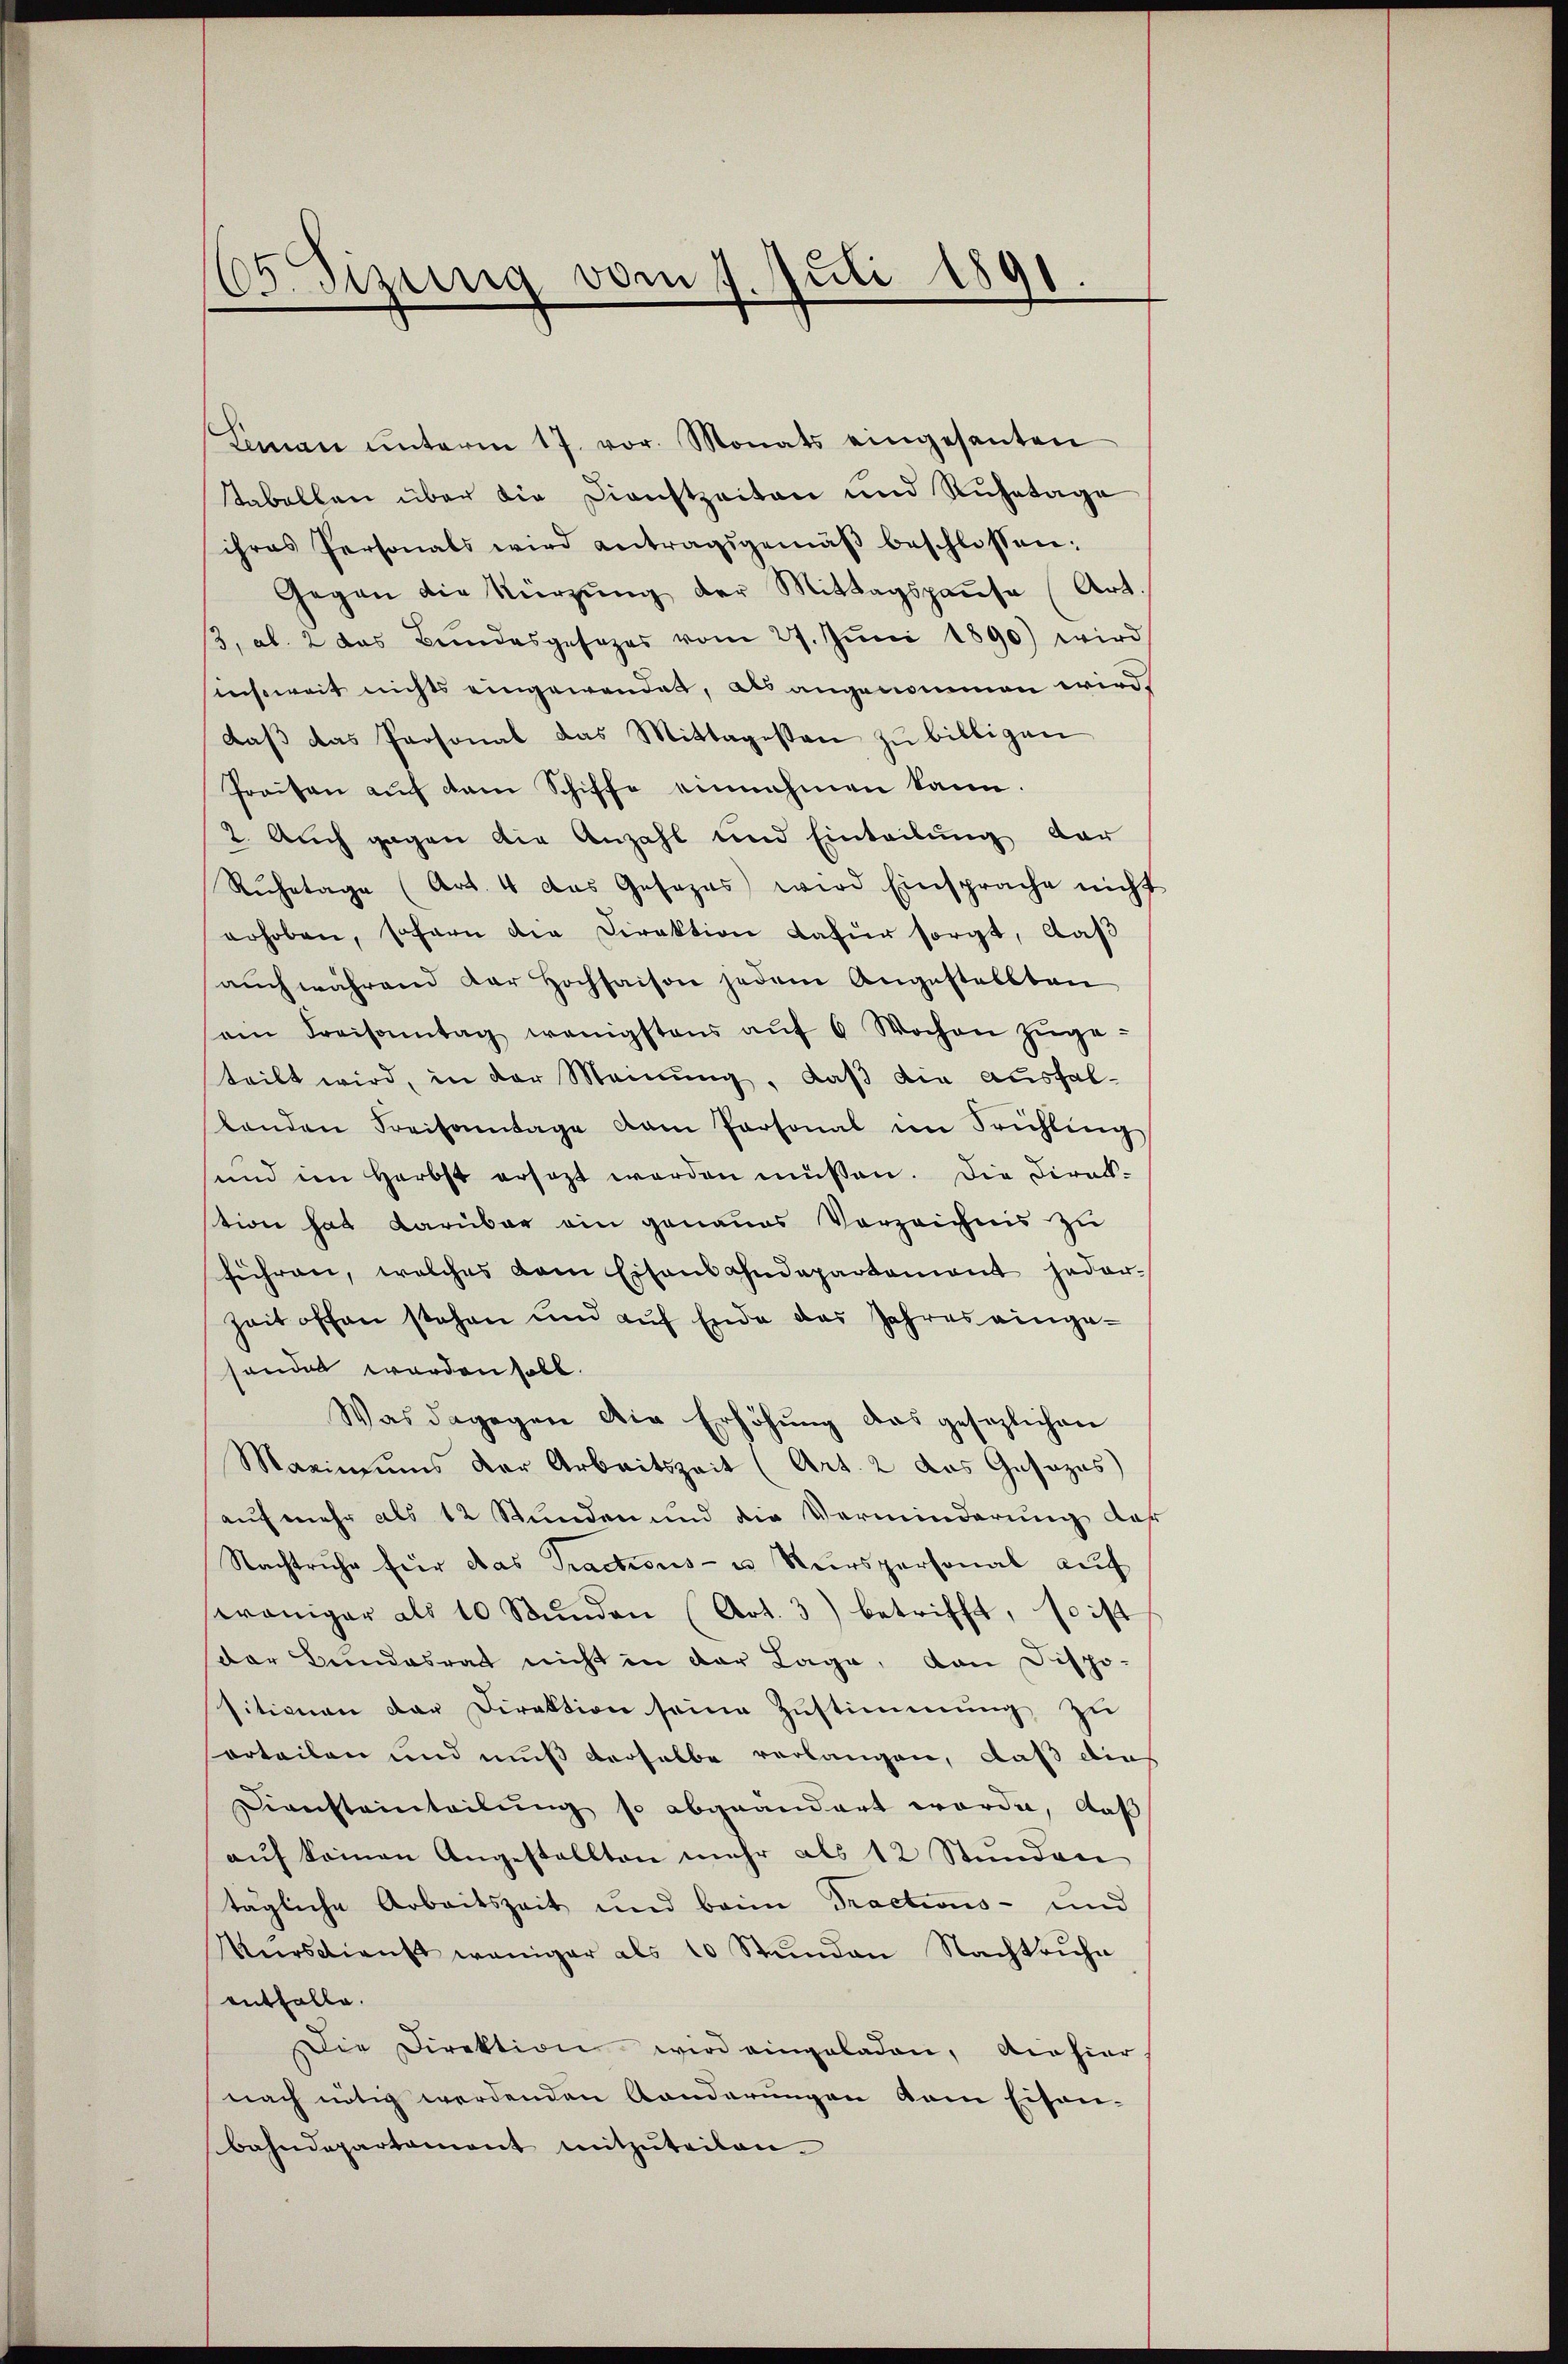
Lan ŭnterm 17. vor. Monats eingesanten
Tabellen über die Dienstzeiten und Ruhetage
ihres Personals wird antragsgemäβ beschlossen:
Gegen die Kürzung der Mittagspause (Art.
3, ab. 2 das Bŭndesgesezes vom 27. Jŭni 1890) wird
teisweit nichts eingewendet, als angenommen wird.
daβ das Personal das Mittagessen zu billigen
Preisen auf dem Schiffe einnahmen kann.
2. Auch gegen die Anzahl und Einteilung dar
Ruhetage (Art. 4 das Gesezes wird Einsprache nicht
erhoben, sofern die Direktion dafür sorgt, daß
aŭch während der Hochsaison jedem Angestellten
ein Kreisamtag wenigstens aŭf 6 Wochen zŭge-
teilt wird, in der Meinung, daß die ausfallenden Freisamtage dem Personal im Frühling
sund im Herbst ersezt werden müssen. Die Direktion hat darüber ein genaues Vorzeichnis zu
führen, welches dem Eisenbahndepartement jeder¬
Zeit offen stehen und aŭf Ende das Jahres eingesondert worden soll.
Was dagegen die Erhöhung das gesezlichen
Maximums der Arbeitszeit (Art. 2 das Gesezes)
auf mehr als 12 Stunden und die Verminderung der
Nachtruhe für das Tractions- u Verspersonal aŭf
waniger als 10 Stŭnden (Art. 3) betrifft, so ist
der Bundesrat nicht in der Lage, von Dispo-
sitionen der Direktion seine Zustimmung, zu
orteilen und muß derselbe verlangen, daß die
Derechteinteilung so abgeändert worden, daß
aŭf keinen Angestellten mehr als 12 Stŭnden
tägliche Arbeitszeit und beim Tractions- und
Kŭrsdienst weniger als 10 Stŭnden Nachtruhe
entfalle.
Die Direktion wird eingeladen, die hier,
nach nötig werdenden Anderungen dem Eisen-
bahndepartament mitzŭteilen.

Sizung vom 1 Juli 1891
.
d